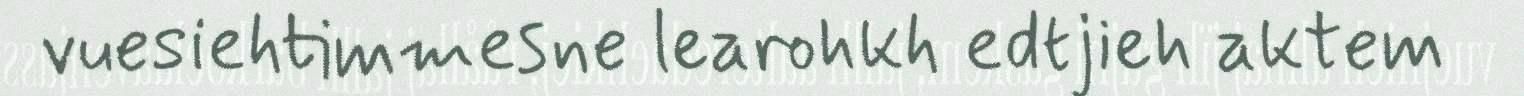
vuesiehtimmesne learohkh edtjieh aktem